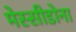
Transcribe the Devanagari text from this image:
मेस्सीडोना